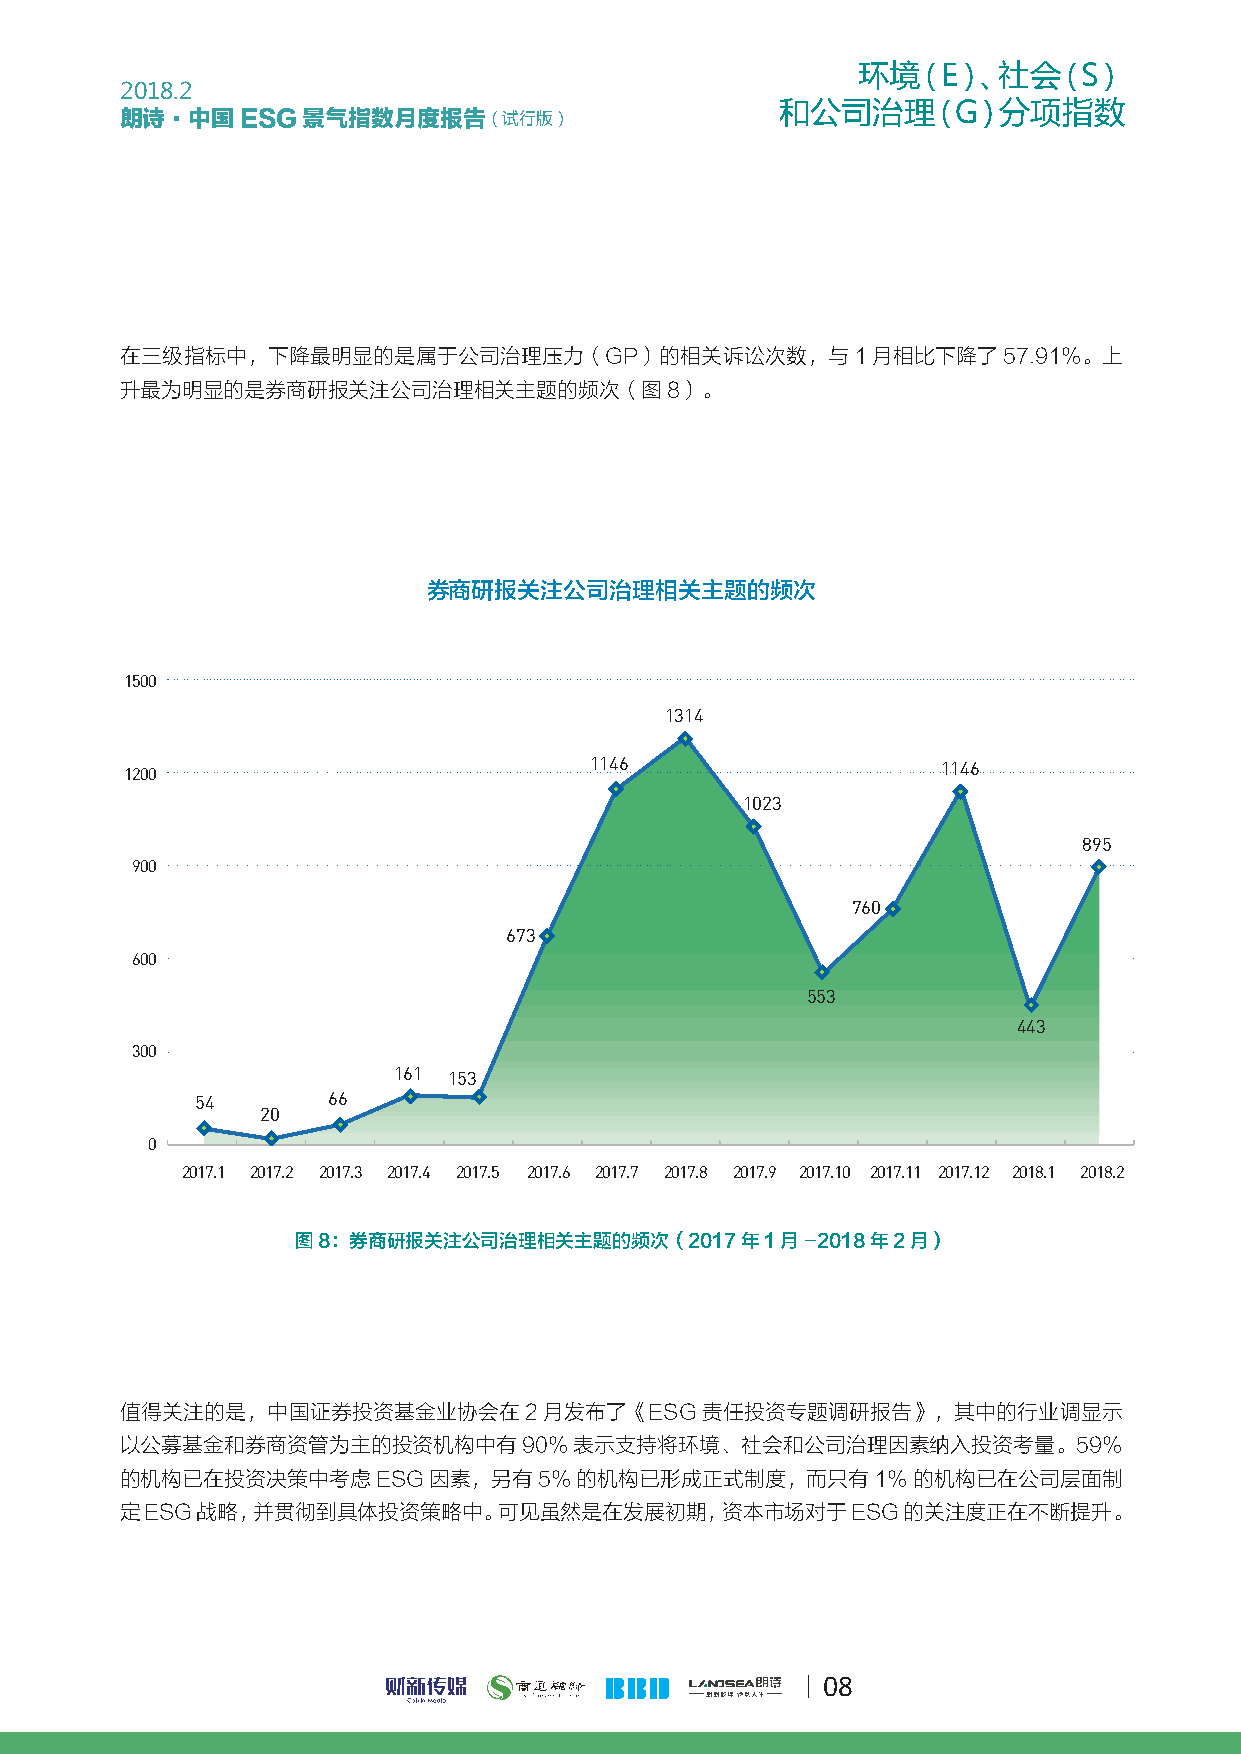
环境（E）、社会（S）
 2018.2
 和公司治理（G）分项指数
 朗诗·中国ESG景气指数月度报告（试行版）
 在三级指标中，下降最明显的是属于公司治理压力（GP）的相关诉讼次数，与1月相比下降了57.91%。上
 升最为明显的是券商研报关注公司治理相关主题的频次（图8）。
 券商研报关注公司治理相关主题的频次
 1500
 1314
 1146                   1146
 1200
 1023
 895
 900
 760
 673
 600
 553
 443
 300
 161 153
 54       66
 20
 0
 2017.1 2017.2 2017.3 2017.4 2017.5 2017.6 2017.7 2017.8 2017.9 2017.10 2017.11 2017.12 2018.1 2018.2
 图8：券商研报关注公司治理相关主题的频次（2017年1月-2018年2月）
 值得关注的是，中国证券投资基金业协会在2月发布了《ESG责任投资专题调研报告》，其中的行业调显示
 以公募基金和券商资管为主的投资机构中有90%表示支持将环境、社会和公司治理因素纳入投资考量。59%
 的机构已在投资决策中考虑ESG因素，另有5%的机构已形成正式制度，而只有1%的机构已在公司层面制
 定ESG战略，并贯彻到具体投资策略中。可见虽然是在发展初期，资本市场对于ESG的关注度正在不断提升。
 08